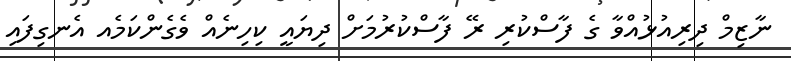
ނާޒިމް ދިރިއުޅުއްވާ ގެ ފާސްކުރި ރޭ ފާސްކުރުމަށް ދިޔައީ ކިހިނެއް ވެގެންކަމެއ އެނގިފައި